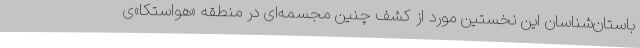
باستان‌شناسان این نخستین مورد از کشف چنین مجسمه‌ای در منطقه «هواستکا»ی